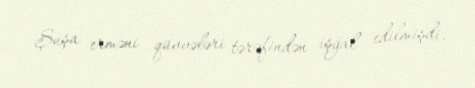
Şuşa erməni qüvvələri tərəfindən işğal edilmişdi.